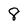
Character: 8